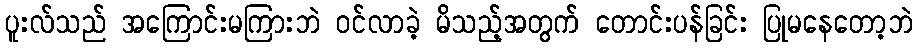
ပူးလ်သည် အကြောင်းမကြားဘဲ ဝင်လာခဲ့ မိသည့်အတွက် တောင်းပန်ခြင်း ပြုမနေတော့ဘဲ